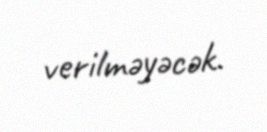
verilməyəcək.